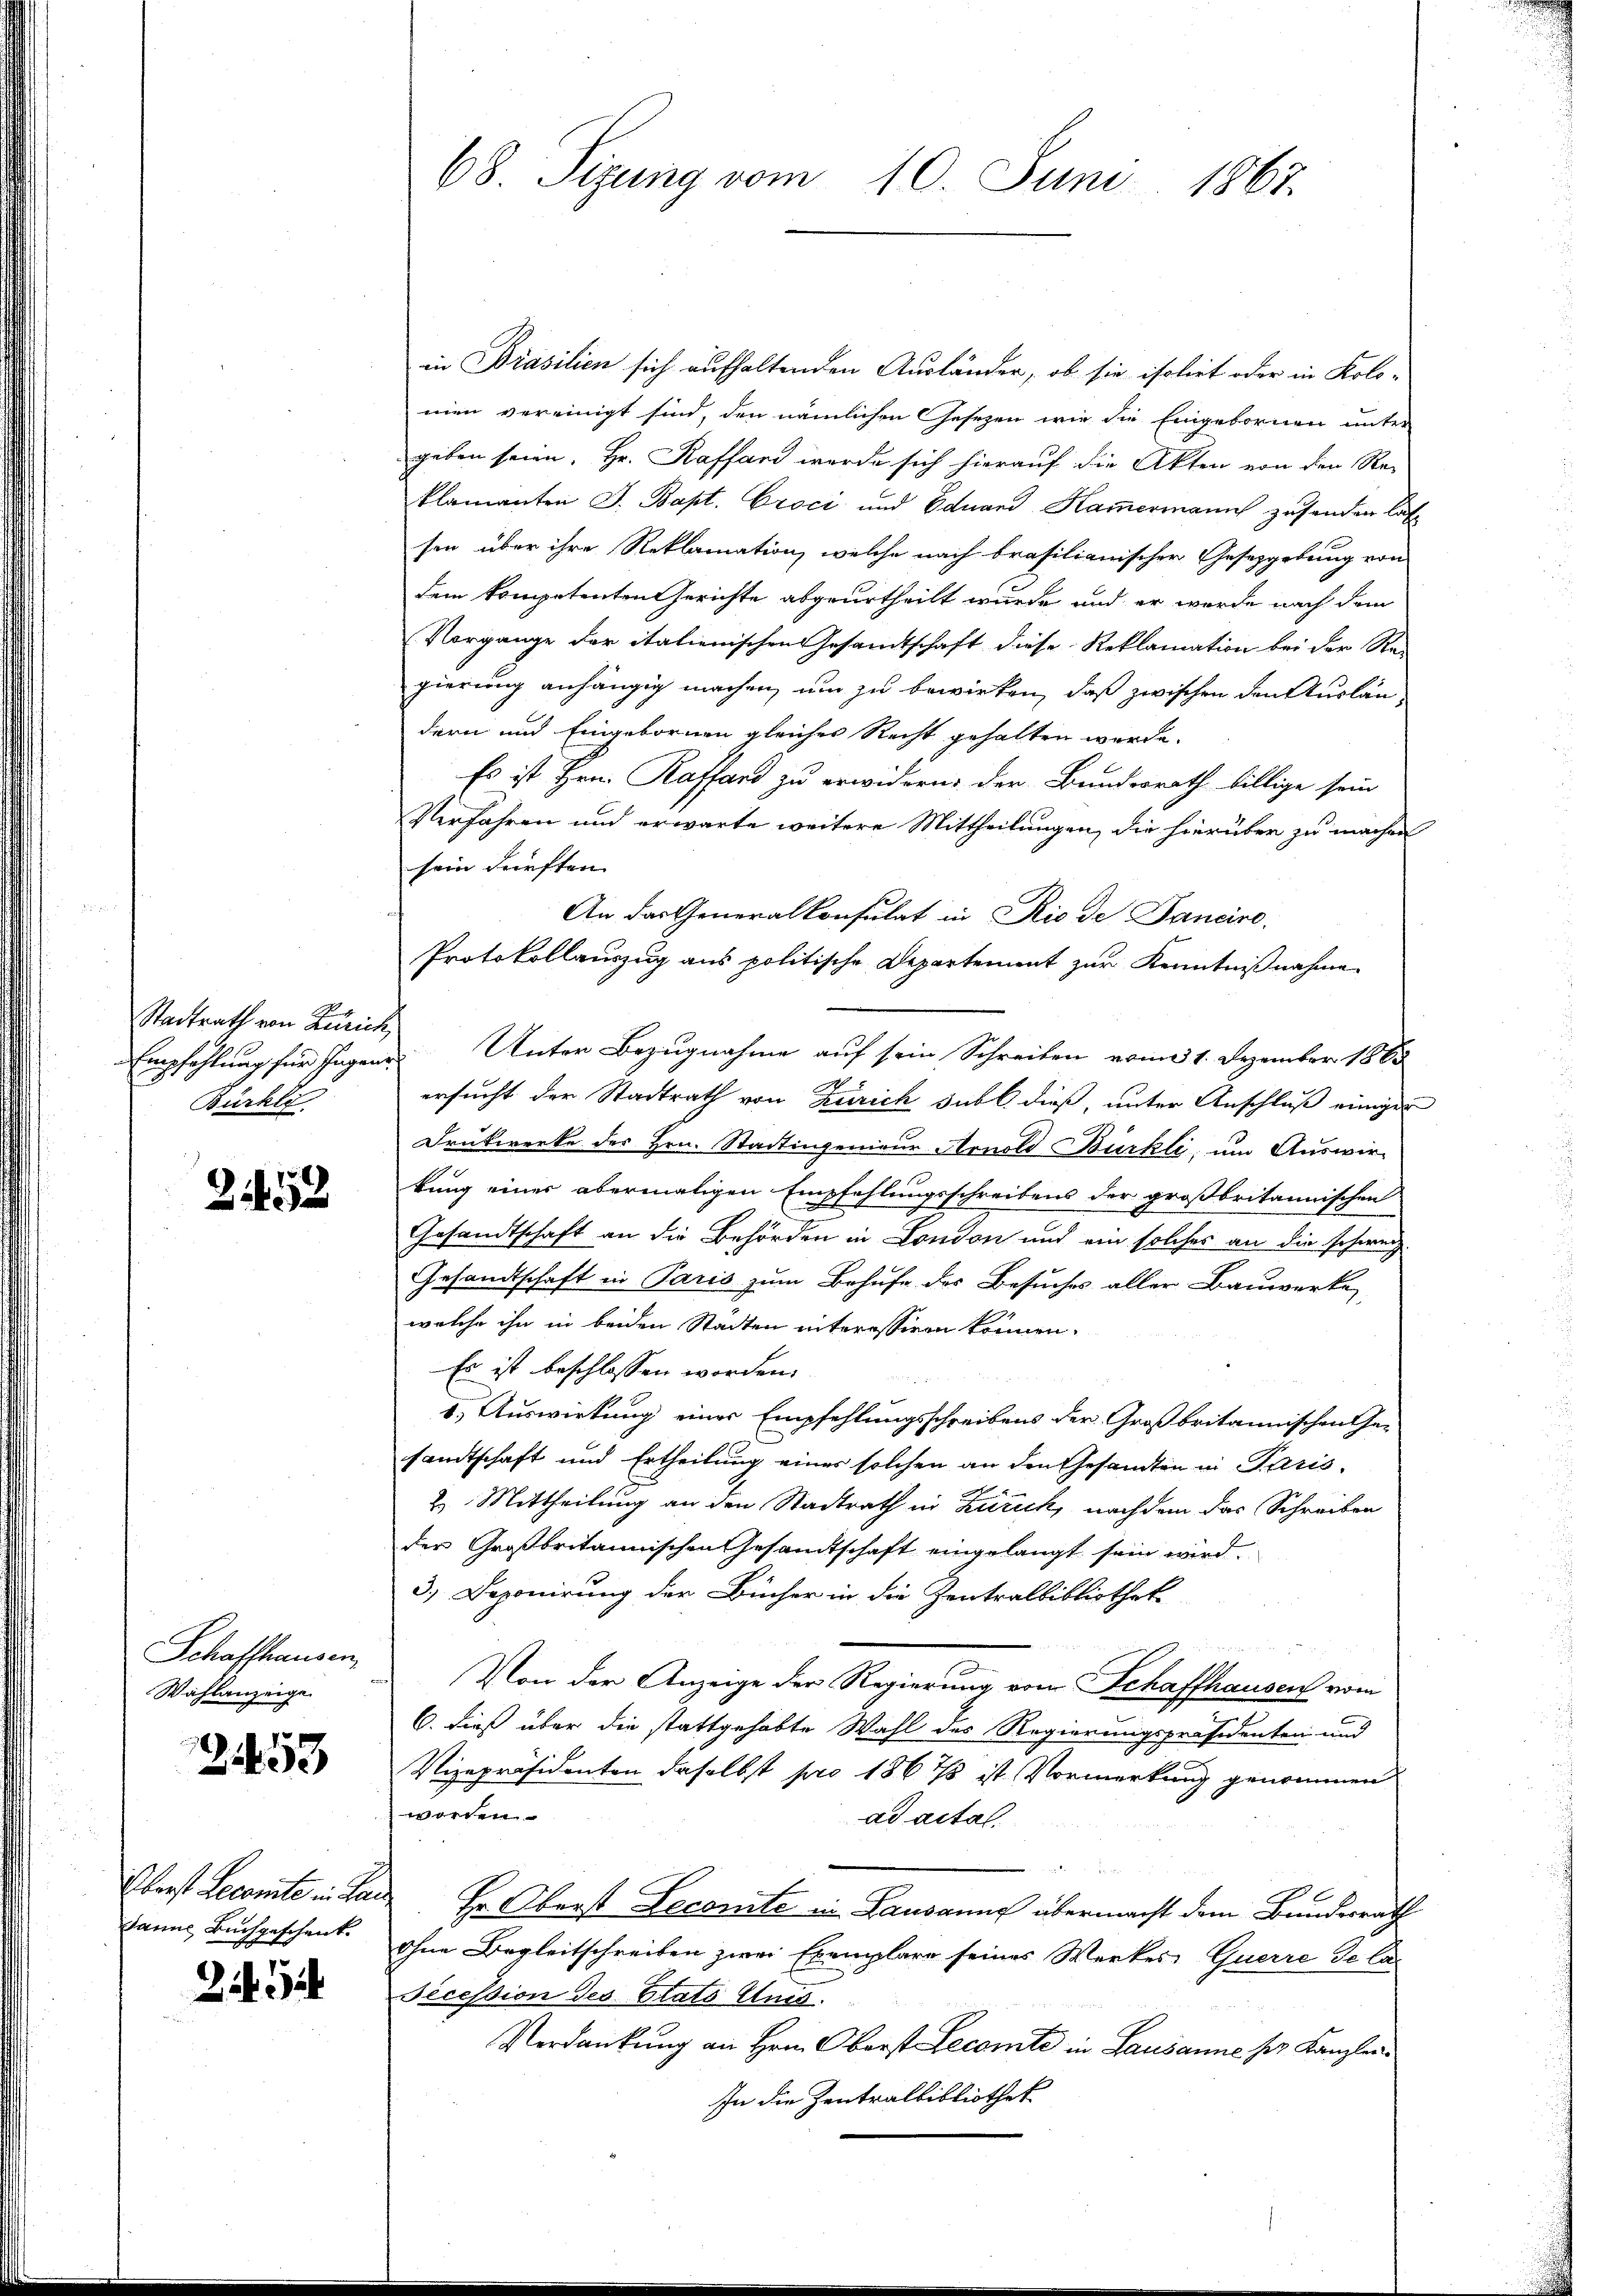
Stadtrath von Zürich,
Bürkli

252

Schaffhausen,
Wahlanzeige

2453

Oberst Lecomite in Ha
Janne Buchgeschenk

Zi. 144

68. Sizung vom 10. Juni 1867.

in Präsilien sich aufhaltenden Ausländer, ob sie isolirt oder in Kolomen vereinigt sind, den nämlichen Gesetzen wie die Eingebornen unter
geben seien, Hr. Kaffend wurde sich hierauf die Akten von den Re-
klamanten J. Bapt. Croci und Eduard Kammermann zusenden las
sen über ihre Reklamation, welche nach brasilianischer Gesetzgebung von
dem kompetenten Gerichte abgeurtheilt wurde, und er werde nach dem
Vorgange der italienischen Gesandtschaft diese Reklamation bei der Rei
gierung anhängig machen, um zu bewirken, daß zwischen den Ausländern und Eingebornen gleiches Recht gehalten werde.
Es ist Hrn. Kaffend zu erwidern der Bundesrath billige sein
Verfahren und erwarte weitere Mittheilungen, die hierüber zu machen
sein dürften.
An das Generalkonsulat in Rio de Jancire
Protokollauszug aus politische Departement zur Kenntnißnahme
Empfehlung für Ingen Unter Bezugnahme auf sein Schreiben vom 1. Dezember 1865
1
ersucht der Stadtrath von Zürich sub dieß, unter Anschluß einiger
Drükwerke des Hrn. Stadtingenieur Arnold Bürkli, um Auswir-
kung einer abermaligen Ein
fehlungsschreibens der großbritannischen
n
Gesandtschaft an die Behörden in London und ein solches an die schweiz
Gesandtschaft in Paris zum Behufe des Besuches aller Bauwerke
welche ihn in beiden Städten interessiren können.
Es ist beschlossen worden.
1. Auswirkung einer Empfehlungsschreibens der Großbritannischen Gesandtschaft und Ertheilung einer solchen an den Gesandten in Paris
2. Mittheilung an den Stadtrath in Zürich, nachdem das Schreiben
der Großbritannischen Gesamtschaft eingelangt sein wird.
3.) Deponirung der Bücher in die Zentralbibliothek

Von der Anzeige der Regierung vom Schaffhausen vom
6. dieß über die stattgehabte Wahl des Regierungspräsidenten und
Vizepräsidenten daselbst pro 1867 ist Vormerkung genommen
worden
ad acta.
Er Oberst Decomite in Lausanne übermacht dem Bundesrath
ohne Begleitschreiben zwei Exemplare seines Werkes Querre de la-
Pecession des Etats Anis.
Verdankung an Hrn. Oberst Decomte in Lausanne der Kanzlei¬
In die Zentralbibliothek